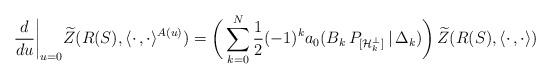
LaTeX: \begin{align*}\frac{d}{du}\biggl|_{u=0}\widetilde{Z}(R(S),\langle\cdot\,,\cdot\rangle^{A(u)})=\biggl(\,\sum_{k=0}^N\frac{1}{2}(-1)^ka_0(B_k\,P_{[{\cal H\/}_k^{\perp}]}\,|\,\Delta_k)\biggr)\,\widetilde{Z}(R(S),\langle\cdot\,,\cdot\rangle) \end{align*}